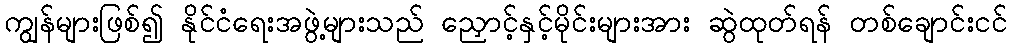
ကျွန်များဖြစ်၍ နိုင်ငံရေးအဖွဲ့များသည် ညှောင့်နှင့်မိုင်းများအား ဆွဲထုတ်ရန် တစ်ချောင်းငင်